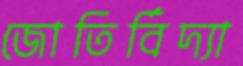
জোতির্বিদ্যা